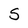
Character: s